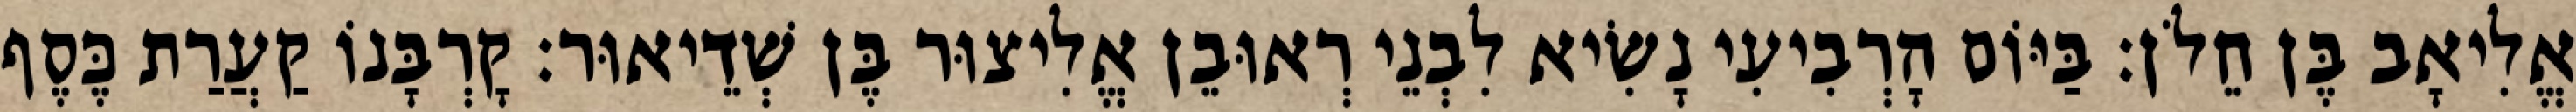
אֱלִיאָב בֶּן חֵלֹן׃ בַּיּוֹם הָרְבִיעִי נָשִׂיא לִבְנֵי רְאוּבֵן אֱלִיצוּר בֶּן שְׁדֵיאוּר׃ קָרְבָּנוֹ קַעֲרַת כֶּסֶף